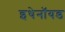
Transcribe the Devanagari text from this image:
इथेनॉयड